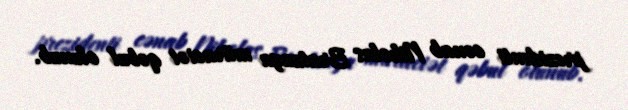
prezidenti cənab Nikolas Bratzaya müraciət qəbul olunub.